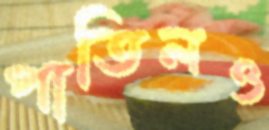
পাতিলও